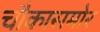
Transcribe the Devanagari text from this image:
चौकासमोर